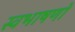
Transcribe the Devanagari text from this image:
स्वभाषणों